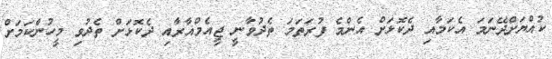
ކުއްޔަށްދޭނަމަ އެކަމާއި ދެކޮޅަށް އެންމެ ފުރަތަމަ ތެދުވާނީ ޖީއެމްއާރާއި ދެކޮޅަށް ތެދުވި މީހުންކަމަށް